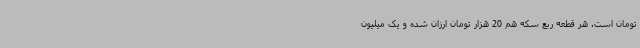
تومان است. هر قطعه ربع سکه هم 20 هزار تومان ارزان شده و یک میلیون